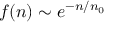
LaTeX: f ( n ) \sim e ^ { - n / n _ { 0 } }